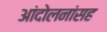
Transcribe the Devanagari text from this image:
आंदोलनांसह